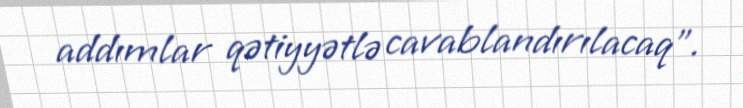
addımlar qətiyyətlə cavablandırılacaq”.